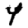
Digit: 4